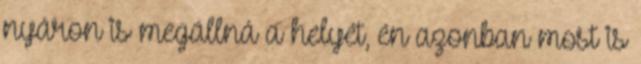
nyáron is megállná a helyét, én azonban most is